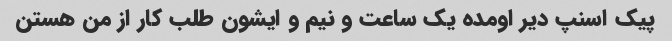
پیک اسنپ دیر اومده یک ساعت و نیم و ایشون طلب کار از من هستن